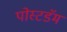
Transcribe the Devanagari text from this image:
पोस्टडॅम